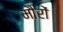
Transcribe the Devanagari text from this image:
मौरों